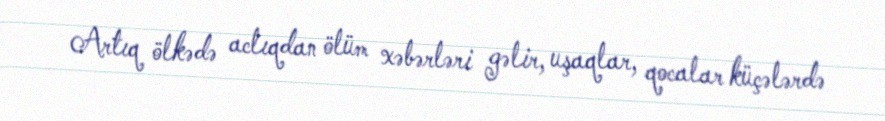
Artıq ölkədə aclıqdan ölüm xəbərləri gəlir, uşaqlar, qocalar küçələrdə